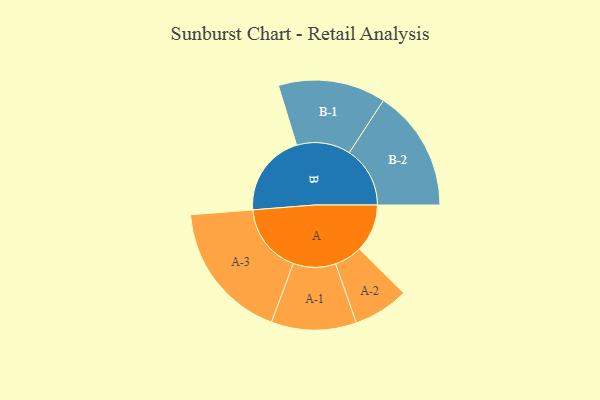
{"axis": {"x": "Segment", "y": "Value"}, "legend": ["", "A", "B"], "data": [{"x": "A", "y": 204, "type": ""}, {"x": "B", "y": 353, "type": ""}, {"x": "A-1", "y": 181, "type": "A"}, {"x": "A-2", "y": 118, "type": "A"}, {"x": "A-3", "y": 297, "type": "A"}, {"x": "B-1", "y": 229, "type": "B"}, {"x": "B-2", "y": 259, "type": "B"}]}